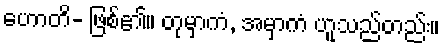
ဟောတိ- ဖြစ်၏။ တုမှာကံ, အမှာကံ ဟူသည်တည်း။